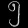
Digit: ၅